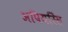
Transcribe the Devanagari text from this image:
अपियरिंस